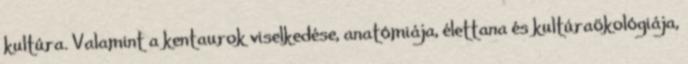
kultúra. Valamint a kentaurok viselkedése, anatómiája, élettana és kultúraökológiája,